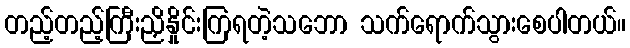
တည့်တည့်ကြီးညှိနှိုင်းကြရတဲ့သဘော သက်ရောက်သွားစေပါတယ်။